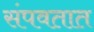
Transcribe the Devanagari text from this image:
संपवतात